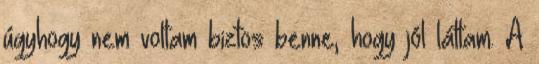
úgyhogy nem voltam biztos benne, hogy jól láttam. A